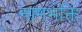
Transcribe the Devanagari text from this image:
नामभक्ति